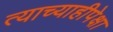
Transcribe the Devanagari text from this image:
त्याच्याहीपेक्षा